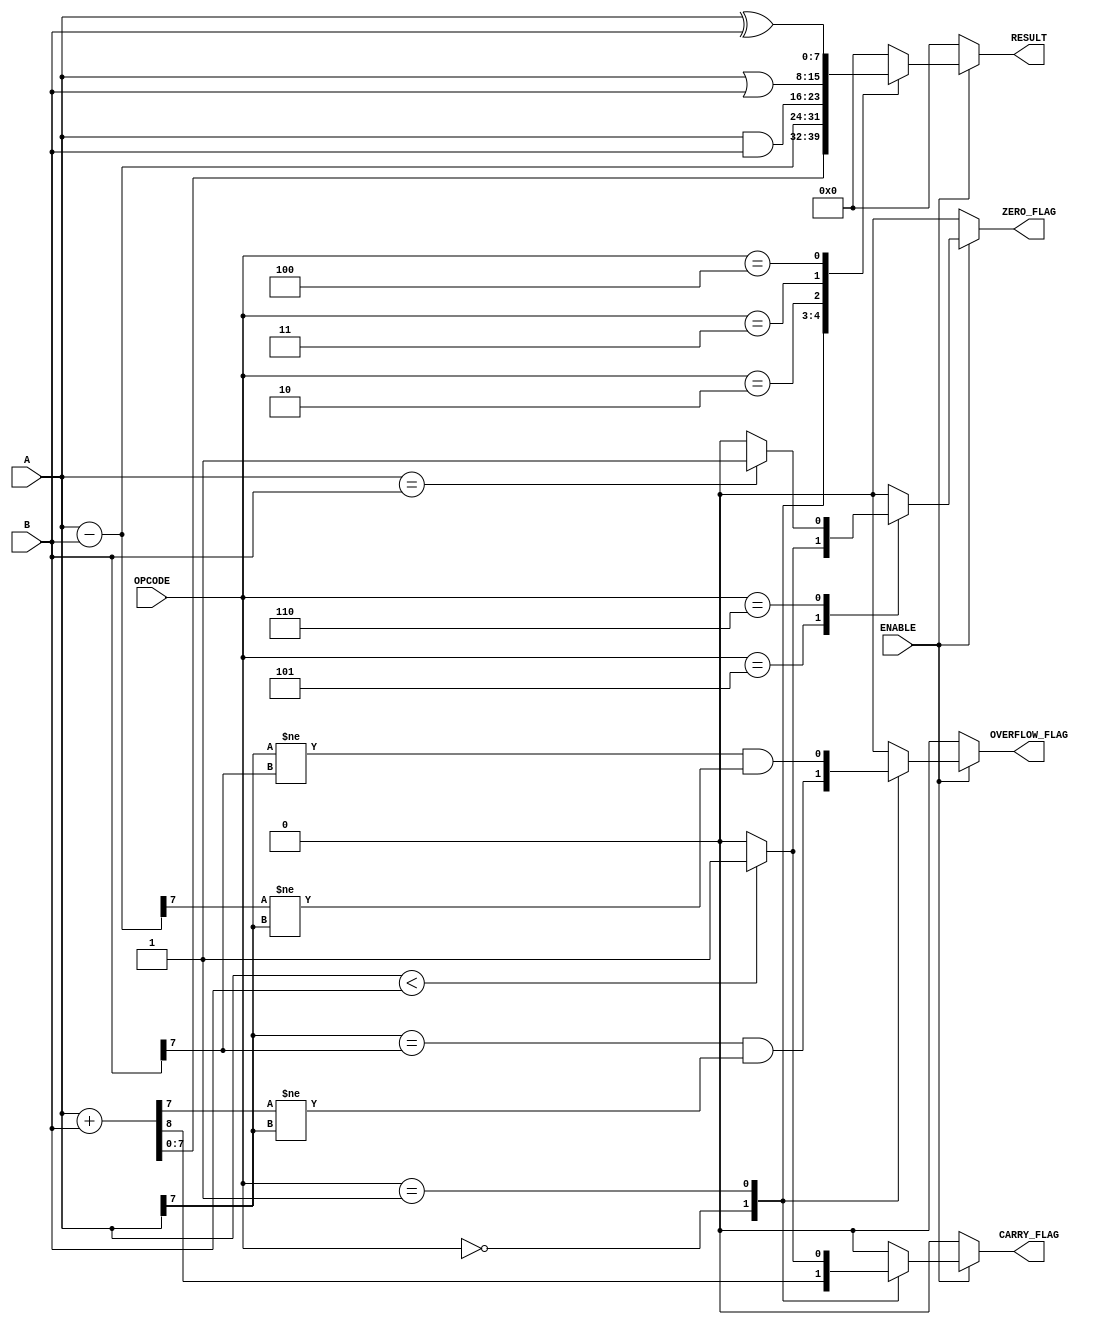
module Parameterized_ALU #(
    parameter DATA_WIDTH = 8  // Configure the data width
)(
    input  wire [DATA_WIDTH-1:0] A,       // First operand
    input  wire [DATA_WIDTH-1:0] B,       // Second operand
    input  wire [2:0] OPCODE,               // Control signal for operations
    input  wire ENABLE,                      // Enable signal
    output reg  [DATA_WIDTH-1:0] RESULT,   // Result of the operation
    output reg  ZERO_FLAG,                  // Zero flag
    output reg  CARRY_FLAG,                 // Carry flag
    output reg  OVERFLOW_FLAG                // Overflow flag
);

    reg [DATA_WIDTH:0] temp_sum;            // Temporary storage for sum (for carry and overflow)

    always @(*) begin
        // Initialize output signals
        RESULT = 0;
        ZERO_FLAG = 0;
        CARRY_FLAG = 0;
        OVERFLOW_FLAG = 0;

        if (ENABLE) begin
            case (OPCODE)
                3'b000: begin // Addition
                    temp_sum = A + B;
                    RESULT = temp_sum[DATA_WIDTH-1:0]; // Lower DATA_WIDTH bits
                    CARRY_FLAG = temp_sum[DATA_WIDTH]; // Carry out
                    // Overflow detection for signed addition
                    OVERFLOW_FLAG = (A[DATA_WIDTH-1] == B[DATA_WIDTH-1]) && 
                                    (RESULT[DATA_WIDTH-1] != A[DATA_WIDTH-1]);
                end

                3'b001: begin // Subtraction
                    temp_sum = A - B;
                    RESULT = temp_sum[DATA_WIDTH-1:0]; // Lower DATA_WIDTH bits
                    CARRY_FLAG = (A < B) ? 1'b1 : 1'b0; // Set carry flag on borrow
                    // Overflow detection for signed subtraction
                    OVERFLOW_FLAG = (A[DATA_WIDTH-1] != B[DATA_WIDTH-1]) && 
                                    (RESULT[DATA_WIDTH-1] != A[DATA_WIDTH-1]);
                end 

                3'b010: begin // Bitwise AND
                    RESULT = A & B;
                end

                3'b011: begin // Bitwise OR
                    RESULT = A | B;
                end

                3'b100: begin // Bitwise XOR
                    RESULT = A ^ B;
                end

                3'b101: begin // Comparison A < B, set ZERO_FLAG
                    RESULT = 0; // Result is not meaningful for comparison
                    ZERO_FLAG = (A < B) ? 1'b1 : 1'b0;
                end

                3'b110: begin // Comparison A == B, set ZERO_FLAG
                    RESULT = 0; // Result is not meaningful for comparison
                    ZERO_FLAG = (A == B) ? 1'b1 : 1'b0;
                end

                default: begin
                    RESULT = 0; // Default case
                end
            endcase
        end else begin
            RESULT = 0; // Output a default value when disabled
        end
    end

endmodule